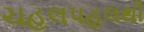
ચહલપહલથી